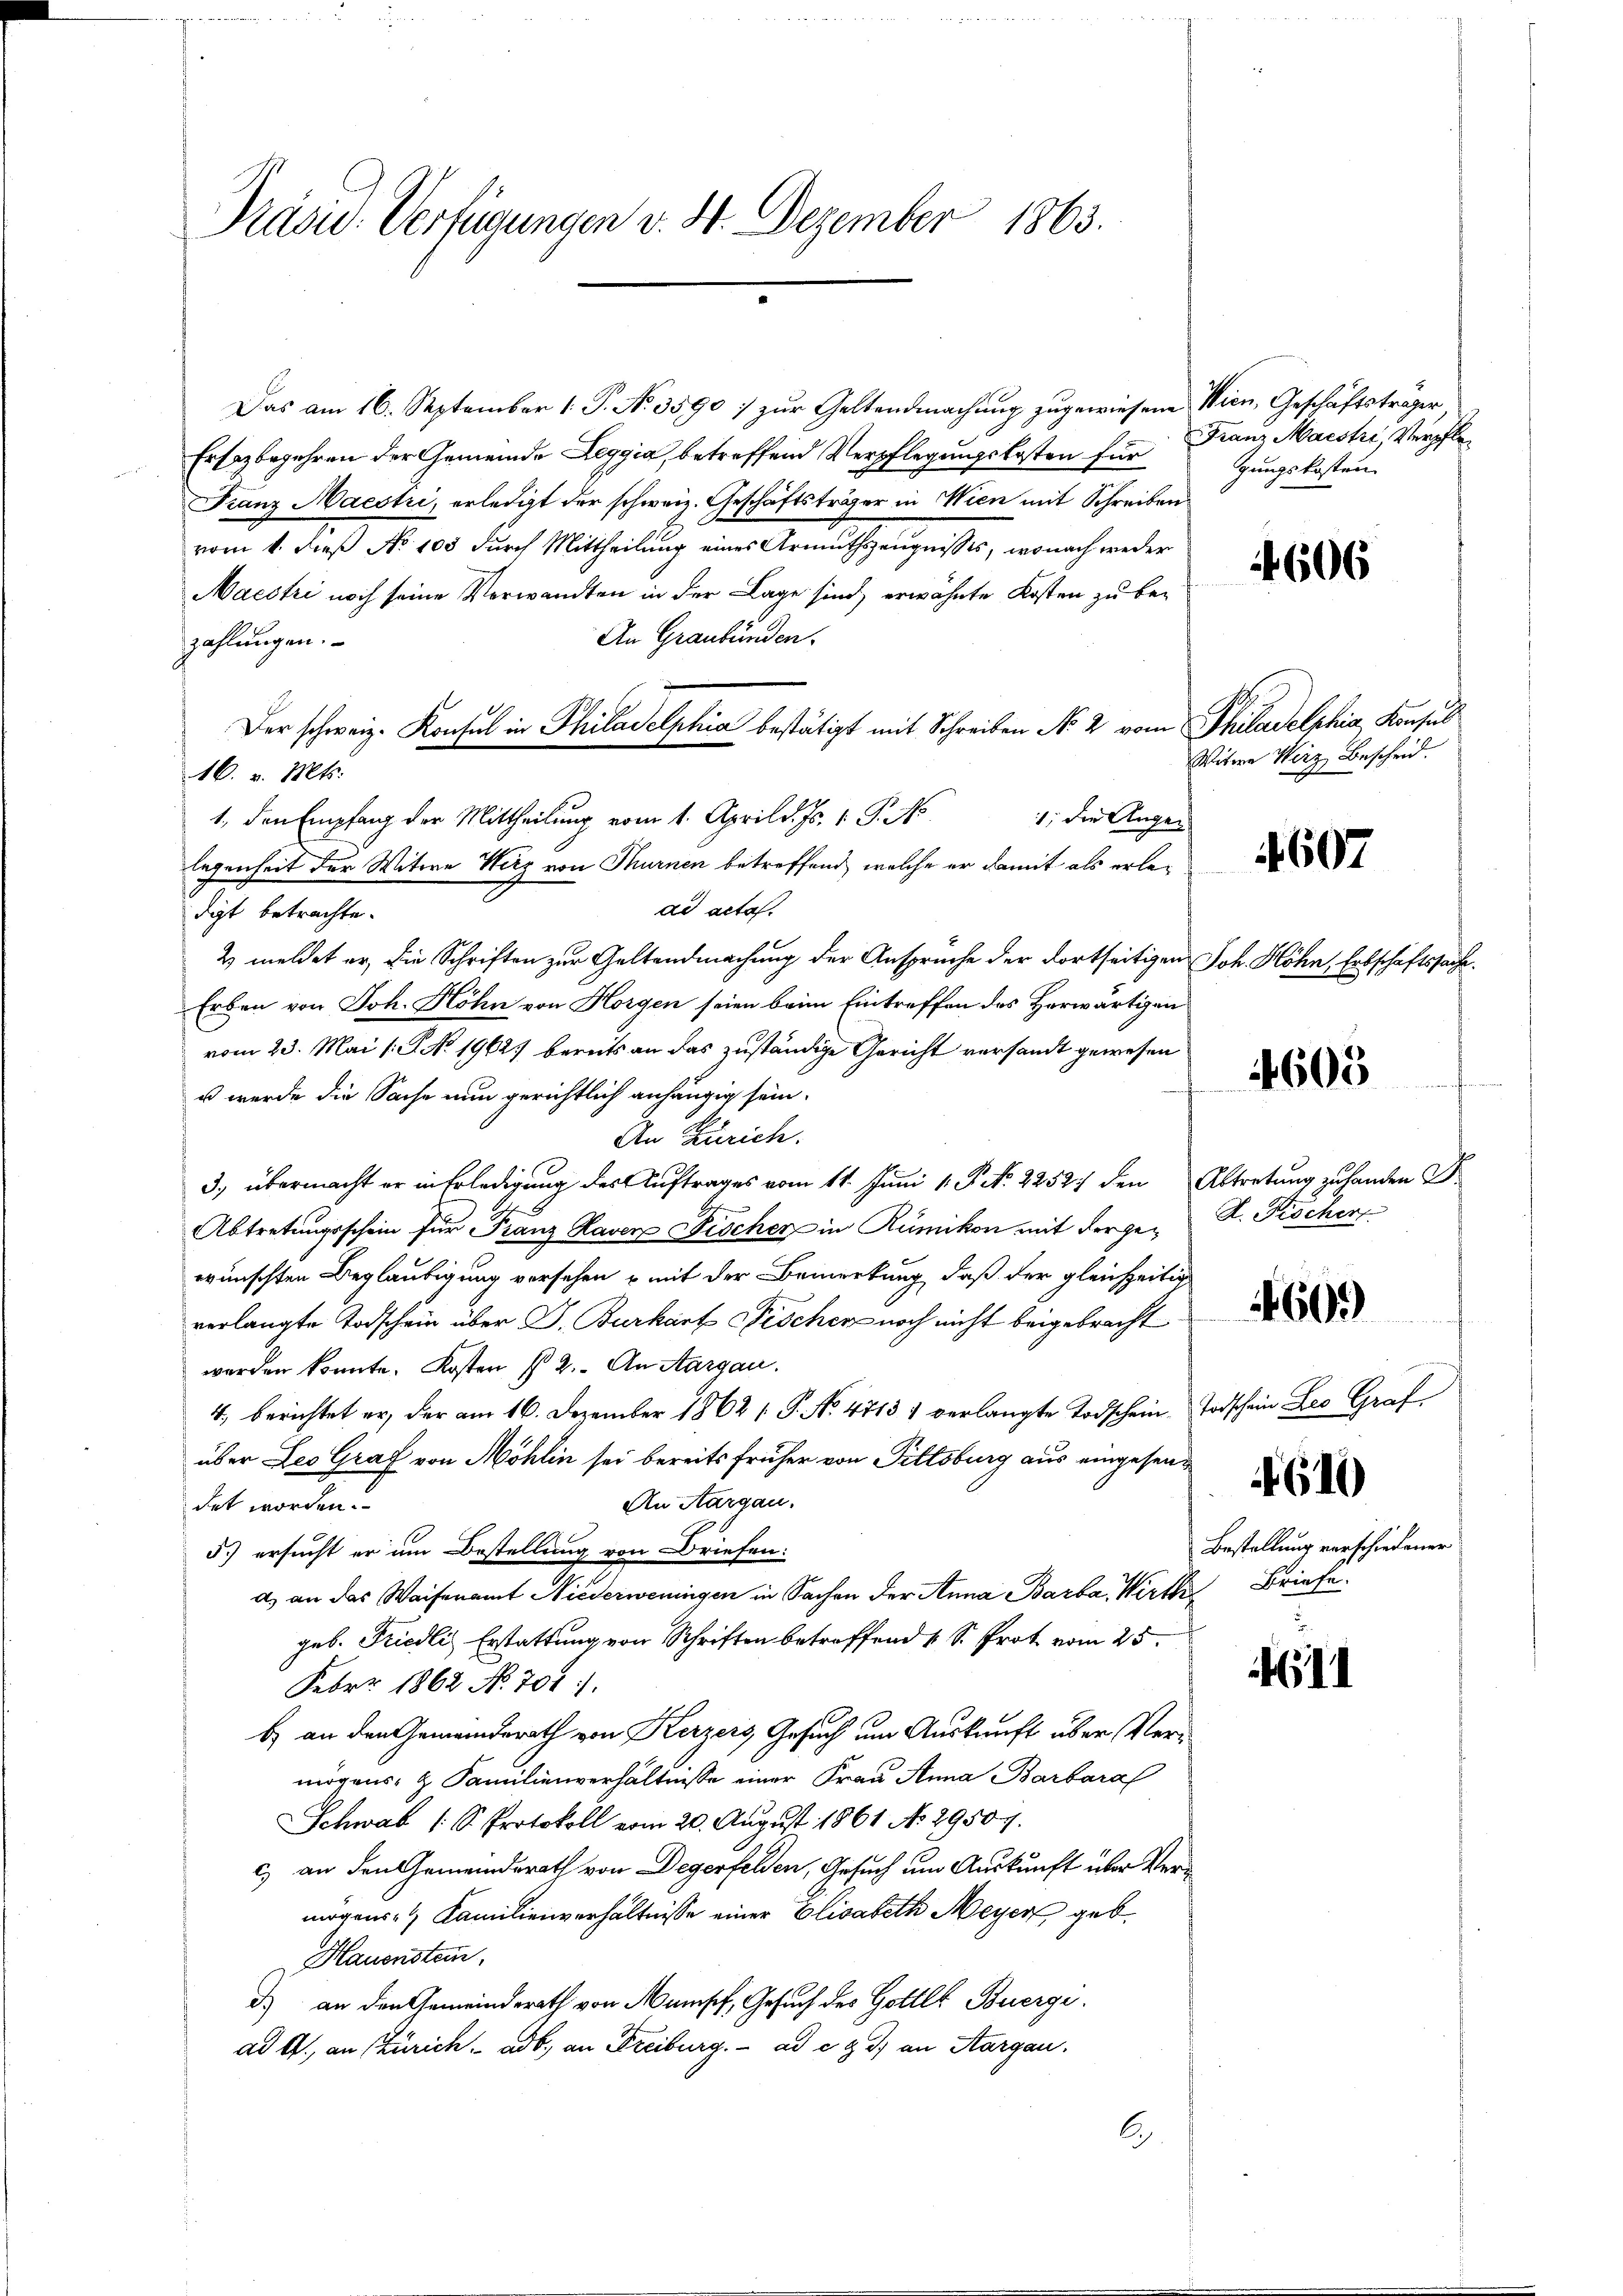
Präsi- Verfügungen v. 8. Dezember 1863.

Das am 16. September 1. P. No. 3590) zur Geltendmachung zugewiesene Wien, Geschäftsträger
Ersezbegehren der Gemeinde Leggia, betreffend Verpflegungskosten für
Franz Maestri, erledigt der schweiz. Geschäftsträger in Wien mit Schreiben
vom 4. dieß No 105 durch Mittheilung eines Armuthszeugnisses, wonach weder
Maestri noch seine Verwandten in der Lage sind, erwähnte Kosten zu be¬
An Graubünden.
zahlungen.
Der schweiz. Konsul in Philadelphia bestätigt mit Schreiben No 2 vom Philadelphia Konsul
16. v. Mts.
1., den Empfang der Mittheilung vom 1. April d. Js. 1. P. No
1, die Augen
legenheit der Witwe Herz von Thurnen betreffend, welche er damit als erlead acta.
digt betrachte.
2 meldet er, die Schriften zur Geltendmachung der Anspruche der dortseitigen Joh. Höhn, Erbschäftssache.
Erben von Joh. Höhn von Horgen seien beim Eintreffen des Herwärtigen
vom 23. Mai 18. No 1962. bereits an das zuständige Gericht versandt gewesen
u wurde die Sache nun gerichtlich anhängig sein.
An Zürich.
3. übermacht er in Erledigung des Auftrages vom 11. Juni 1. P. No. 2252 den Abtretung zu handen F
Abtretungsschein für Franz Haver Fischer in Rümikon mit der gewünschten Beglaubigung versehen u mit der Bemerkung, daß der gleichzeitig
verlangte Todschein über D. Burkart Fischer noch nicht beigebracht
worden konnte. Kosten § 2. An Aargau.
4. berichtet er, der am 16. Dezember 1862 1. P. No. 4713 1 verlangte Todschein Todschein Leo Graf
über des Graf von Möhlin sei bereits früher von Pittsburg aus eingesen¬
An Aargau.
det worden.
5.) ersucht er um Bestellung von Briefen:
a) an das Waisenamt Niederweningen in Sachen der Anna Barba- Wirthe Briefe.
geb. Friedli Erstattung von Schriften betreffend 1 S. Prot vom 25.
Febr. 1862 No 704).
b) an den Gemeindsrath von Kerzers Gesuch um Auskunft über Vermögens- & Familienverhältnisse einer Frau Anna Barbara
Schwab (S. Protokoll vom 20. August 1861 No 29507.
c) an den Gemeindsrath von Degerfelden, Gesuch um Auskunft über Vermögens-, Familienverhältnisse einer Elisabeth Meyer geb.
Hauenstein
d) an den Gemeindsrath von Mensch, Gesuch des Gottlt Buergi
ad 1., an (Zürich. ad b. an Freiburg. ad e g d) an Aargau.
C

Franz Maistri, Verpflegungskosten

606

Witwe Wirz Bescheid.

4607

4605

A. Fischert

460.

4610

Bestellung verschiedener

11